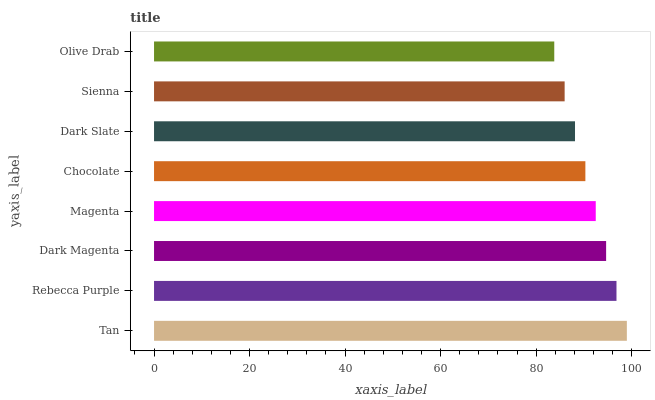
| yaxis_label | bars |
 | --- | --- |
 | Tan | 99 |
 | Rebecca Purple | 96.8 |
 | Dark Magenta | 94.7 |
 | Magenta | 92.5 |
 | Chocolate | 90.3 |
 | Dark Slate | 88.1 |
 | Sienna | 86 |
 | Olive Drab | 83.8 |